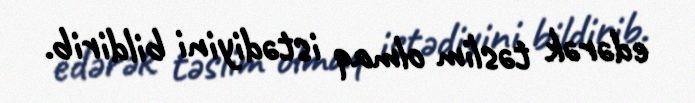
edərək təslim olmaq istədiyini bildirib.